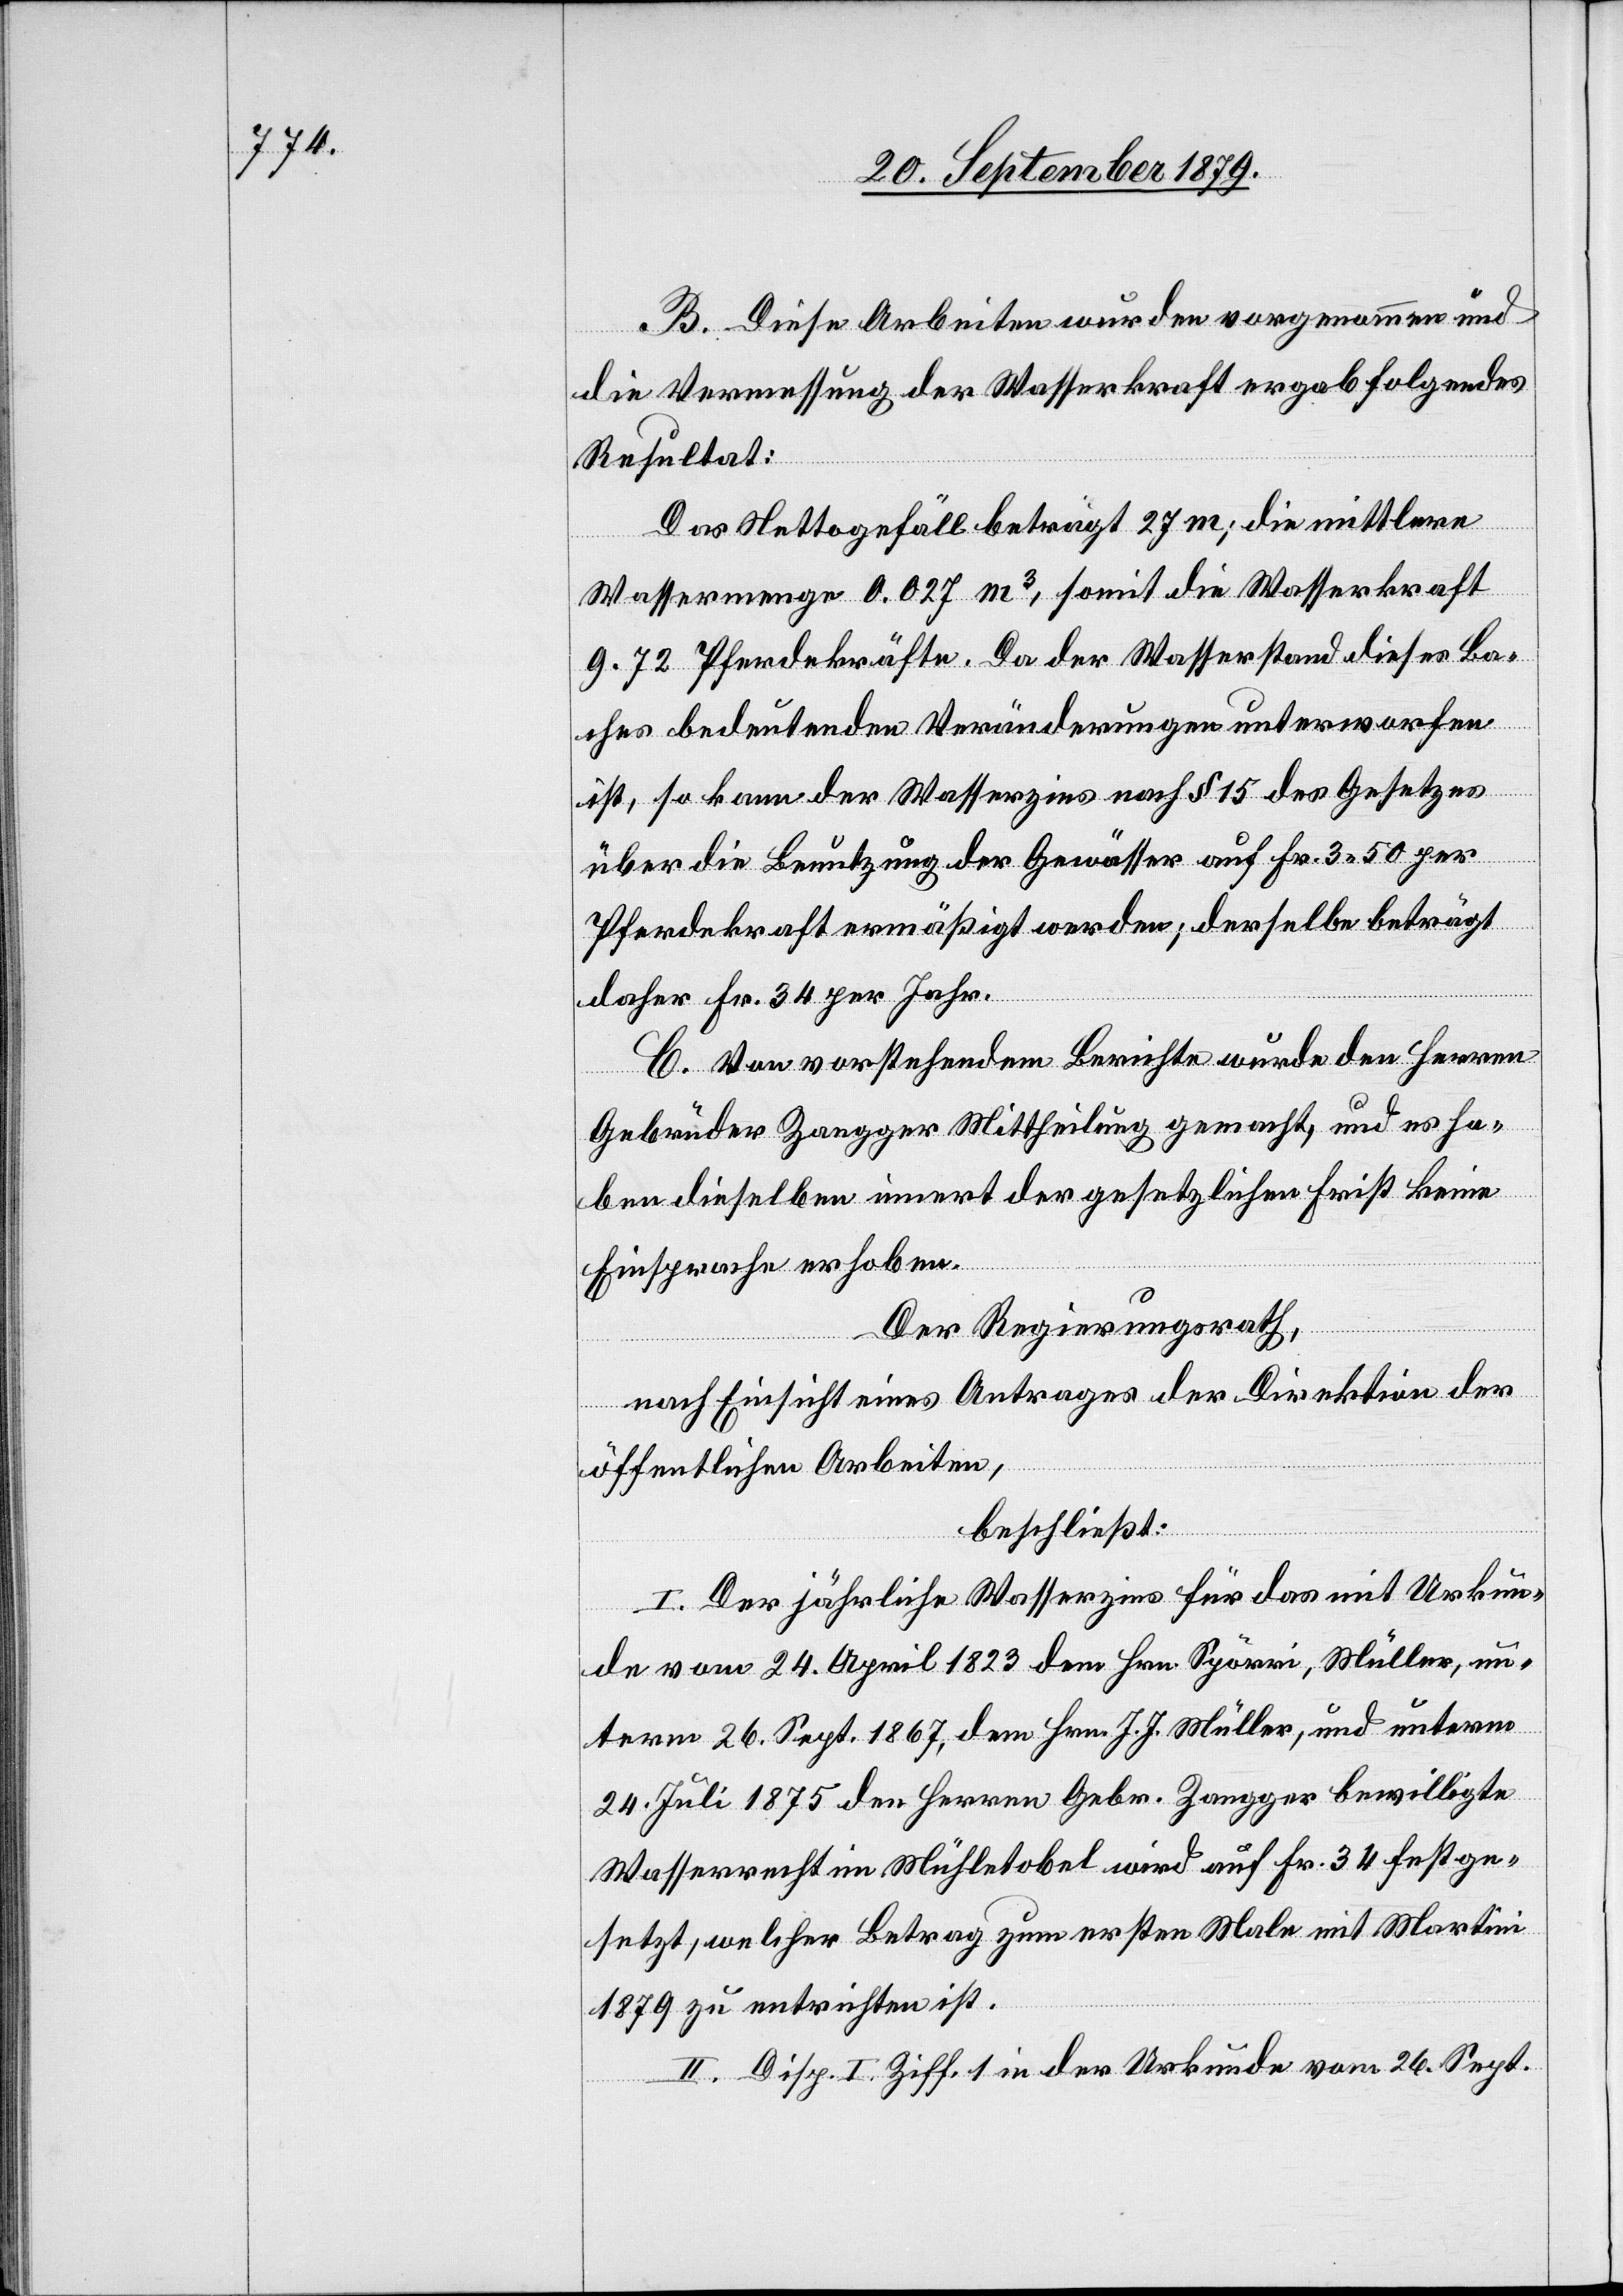
B. Diese Arbeiten wurden vorgenommen und
die Vermessung der Wasserkraft ergab folgendes
Resultat:
Das Nettogefäll beträgt 27 m; die mittlere
Wassermenge 0.027 m3, somit die Wasserkraft
9.72 Pferdekräfte. Da der Wasserstand dieses Ba¬
ches bedeutenden Veränderungen unterworfen
ist, so kann der Wasserzins nach § 15 des Gesetzes
über die Benutzung der Gewässer auf Fr. 3 50 per
Pferdekraft ermäßigt werden; derselbe beträgt
daher Fr. 34 per Jahr.
C. Von vorstehendem Berichte wurde den Herren
Gebrüder Zangger Mittheilung gemacht, und es ha¬
ben dieselben innert der gesetzlichen Frist keine
Einsprache erhoben.
Der Regierungsrath,
nach Einsicht eines Antrages der Direktion der
öffentlichen Arbeiten,
beschließt:
I. Der jährliche Wasserzins für das mit Urkun¬
de vom 24. April 1823 dem Hrn. Spörri, Müller, un¬
term 26. Sept. 1867, dem Hrn. J. J. Müller, und unterm
24. Juli 1875 den Herren Gebr. Zangger bewilligte
Wasserrecht im Mühletobel wird auf Fr. 34 festge¬
setzt, welcher Betrag zum ersten Male mit Martini
1879 zu entrichten ist.
II. Disp. I. Ziff. 1 in der Urkunde vom 26. Sept.